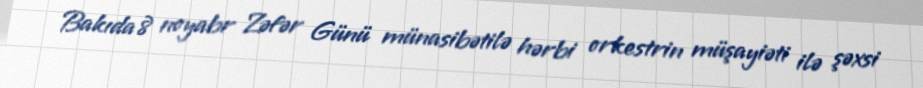
Bakıda 8 noyabr Zəfər Günü münasibətilə hərbi orkestrin müşayiəti ilə şəxsi